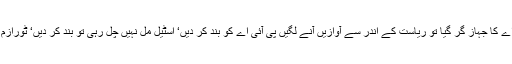
ہم آج ہر اس ادارے کو بند کرنے کا مطالبہ کر دیتے ہیں جو ہم سے چل نہیں پاتا‘ پی آئی اے کا جہاز گر گیا تو ریاست کے اندر سے آوازیں آنے لگیں پی آئی اے کو بند کر دیں‘ اسٹیل مل نہیں چل رہی تو بند کر دیں‘ ٹورازم پروان نہیں چڑھ رہی توٹورازم ڈویلپمنٹ کارپوریشن کے موٹل‘ ہوٹل اور دفتر بند کر دیں۔